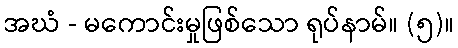
အဃံ - မကောင်းမှုဖြစ်သော ရုပ်နာမ်။ (၅)။